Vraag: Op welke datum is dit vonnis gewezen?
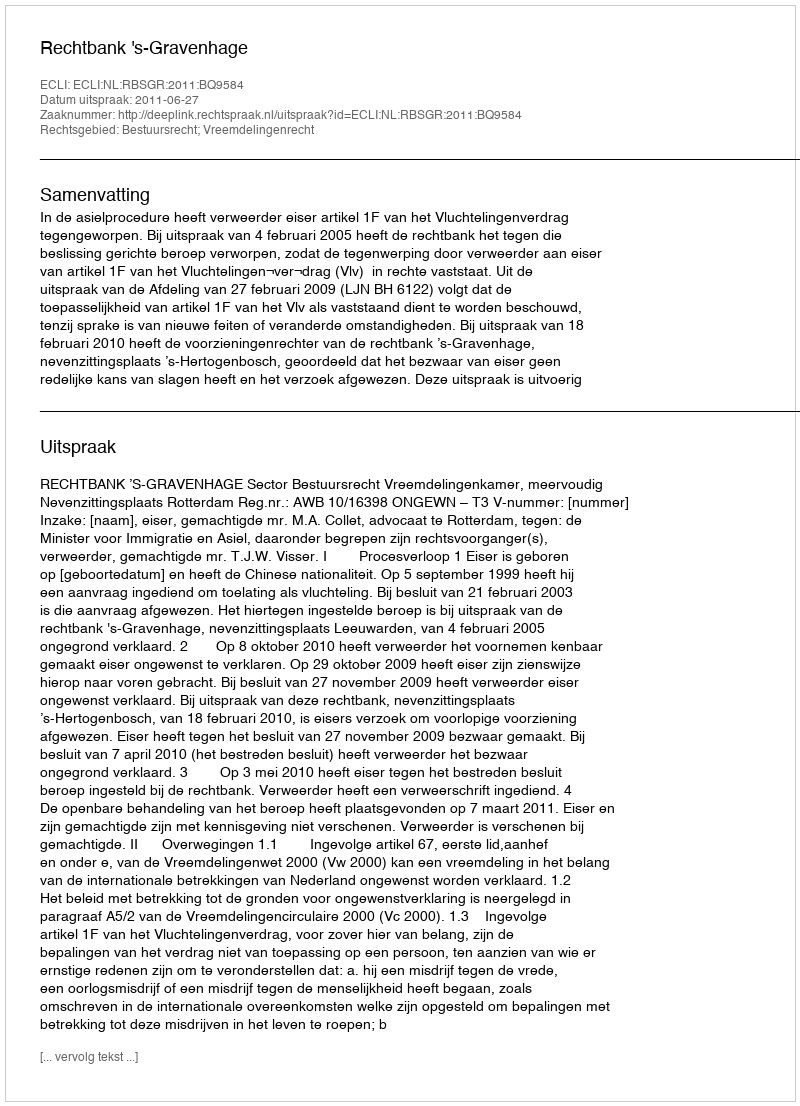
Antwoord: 2011-06-27